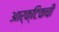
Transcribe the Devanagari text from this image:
आर्क्टिकची